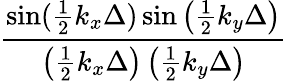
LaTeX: \frac{\sin(\frac{1}{2}k_{x}\Delta)\sin\left(\frac{1}{2}k_{y}\Delta\right)}{\left(\frac{1}{2}k_{x}\Delta\right)\left(\frac{1}{2}k_{y}\Delta\right)}